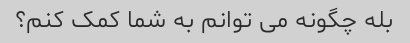
بله چگونه می توانم به شما کمک کنم؟